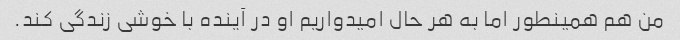
من هم همینطور اما به هر حال امیدواریم او در آینده با خوشی زندگی کند.